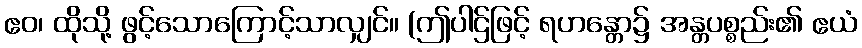
ဧဝ၊ ထိုသို့ ဖွင့်သောကြောင့်သာလျှင်။ (ဤပါဌ်ဖြင့် ရဟန္တော၌ အန္တပစ္စည်း၏ ဧယံ